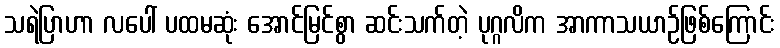
သရဲပြာဟာ လပေါ် ပထမဆုံး အောင်မြင်စွာ ဆင်းသက်တဲ့ ပုဂ္ဂလိက အာကာသယာဉ်ဖြစ်ကြောင်း